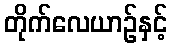
တိုက်လေယာဉ်နှင့်